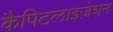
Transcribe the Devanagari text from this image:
कैपिटलाइज़ेशन